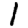
Digit: 1